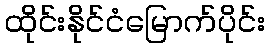
ထိုင်းနိုင်ငံမြောက်ပိုင်း